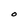
Character: O